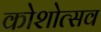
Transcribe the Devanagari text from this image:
कोशोत्सव